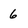
Character: 6